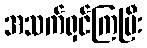
အသက်ရှင်ကြပြီး